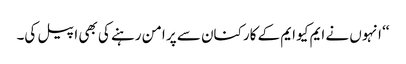
‘‘ انہوں نے ایم کیو ایم کے کارکنان سے پر امن رہنے کی بھی اپیل کی۔